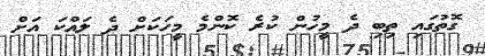
ގޮތުގައި ތިބި ދެ މީހުން ކުރެ ކޮންމެ މީހަކަށް ދެ ލައްކަ އަށް